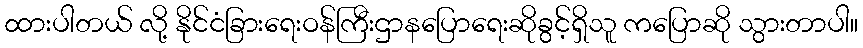
ထားပါတယ် လို့ နိုင်ငံခြားရေးဝန်ကြီးဌာနပြောရေးဆိုခွင့်ရှိသူ ကပြောဆို သွားတာပါ။